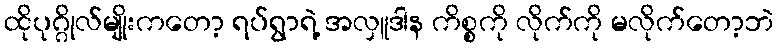
ထိုပုဂ္ဂိုလ်မျိုးကတော့ ရပ်ရွာရဲ့ အလှူဒါန ကိစ္စကို လိုက်ကို မလိုက်တော့ဘဲ